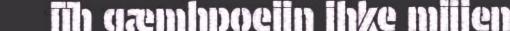
jïh gæmhpoejin ihke mijjen